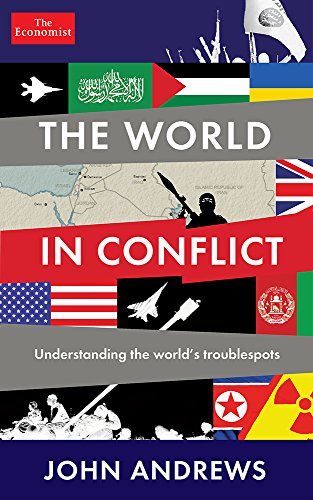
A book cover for The World in Conflict: Understanding the world's troublespots; The Economist; Religion & Spirituality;